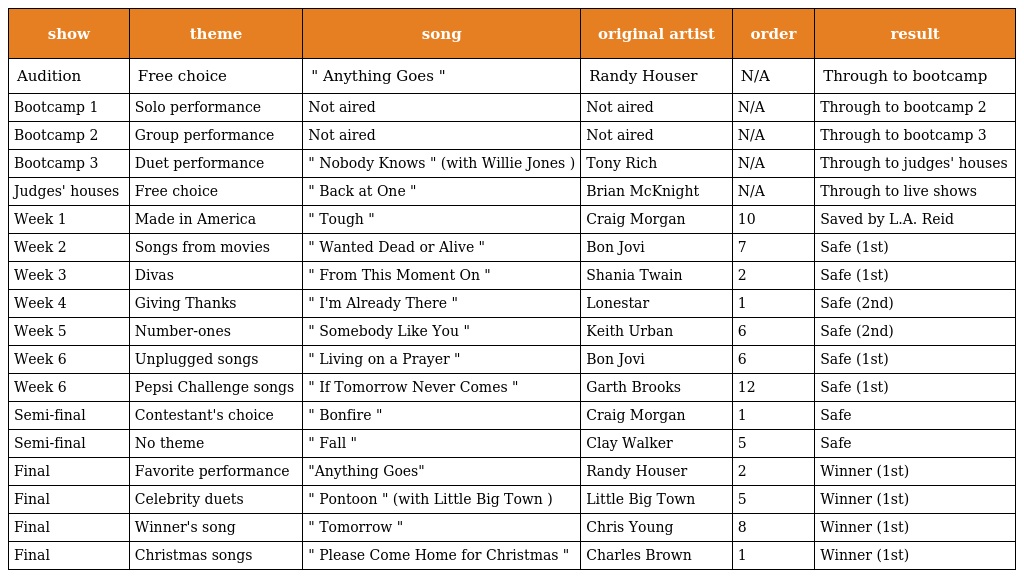
| show | theme | song | original artist | order | result |
 | --- | --- | --- | --- | --- | --- |
 | Audition | Free choice | " Anything Goes " | Randy Houser | N/A | Through to bootcamp |
 | Bootcamp 1 | Solo performance | Not aired | Not aired | N/A | Through to bootcamp 2 |
 | Bootcamp 2 | Group performance | Not aired | Not aired | N/A | Through to bootcamp 3 |
 | Bootcamp 3 | Duet performance | " Nobody Knows " (with Willie Jones ) | Tony Rich | N/A | Through to judges' houses |
 | Judges' houses | Free choice | " Back at One " | Brian McKnight | N/A | Through to live shows |
 | Week 1 | Made in America | " Tough " | Craig Morgan | 10 | Saved by L.A. Reid |
 | Week 2 | Songs from movies | " Wanted Dead or Alive " | Bon Jovi | 7 | Safe (1st) |
 | Week 3 | Divas | " From This Moment On " | Shania Twain | 2 | Safe (1st) |
 | Week 4 | Giving Thanks | " I'm Already There " | Lonestar | 1 | Safe (2nd) |
 | Week 5 | Number-ones | " Somebody Like You " | Keith Urban | 6 | Safe (2nd) |
 | Week 6 | Unplugged songs | " Living on a Prayer " | Bon Jovi | 6 | Safe (1st) |
 | Week 6 | Pepsi Challenge songs | " If Tomorrow Never Comes " | Garth Brooks | 12 | Safe (1st) |
 | Semi-final | Contestant's choice | " Bonfire " | Craig Morgan | 1 | Safe |
 | Semi-final | No theme | " Fall " | Clay Walker | 5 | Safe |
 | Final | Favorite performance | "Anything Goes" | Randy Houser | 2 | Winner (1st) |
 | Final | Celebrity duets | " Pontoon " (with Little Big Town ) | Little Big Town | 5 | Winner (1st) |
 | Final | Winner's song | " Tomorrow " | Chris Young | 8 | Winner (1st) |
 | Final | Christmas songs | " Please Come Home for Christmas " | Charles Brown | 1 | Winner (1st) |